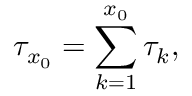
\tau _ { x _ { 0 } } = \sum _ { k = 1 } ^ { x _ { 0 } } \tau _ { k } ,